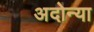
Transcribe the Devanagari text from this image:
अदोन्या